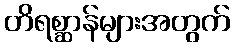
တိရစ္ဆာန်များအတွက်